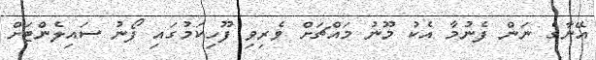
އޭނާގެ ނަން ފެނުމާ އެކު މޫނު މައްޗަށް ވެރިވި ފޫހިކަމުގައި ފޯނު ސައިލެންޓަށް